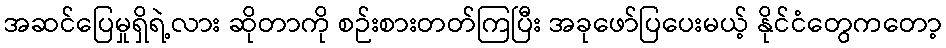
အဆင်ပြေမှုရှိရဲ့လား ဆိုတာကို စဉ်းစားတတ်ကြပြီး အခုဖော်ပြပေးမယ့် နိုင်ငံတွေကတော့